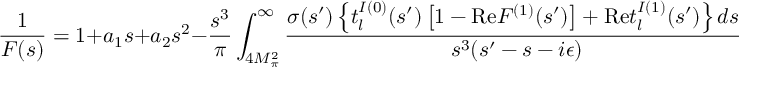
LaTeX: \frac { 1 } { F ( s ) } = 1 + a _ { 1 } s + a _ { 2 } s ^ { 2 } - \frac { s ^ { 3 } } { \pi } \int _ { 4 M _ { \pi } ^ { 2 } } ^ { \infty } \frac { \sigma ( s ^ { \prime } ) \left\{ t _ { l } ^ { I ( 0 ) } ( s ^ { \prime } ) \left[ 1 - \mathrm { R e } F ^ { ( 1 ) } ( s ^ { \prime } ) \right] + \mathrm { R e } t _ { l } ^ { I ( 1 ) } ( s ^ { \prime } ) \right\} d s ^ { \prime } } { s ^ { 3 } ( s ^ { \prime } - s - i \epsilon ) } .